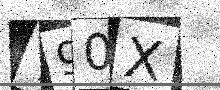
Text: Y90X